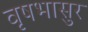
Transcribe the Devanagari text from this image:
वृषभासुर